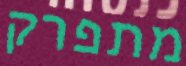
מתפרק